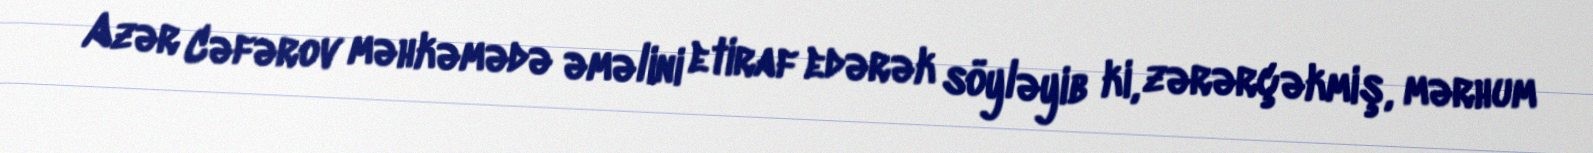
Azər Cəfərov məhkəmədə əməlini etiraf edərək söyləyib ki, zərərçəkmiş, mərhum